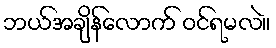
ဘယ်အချိန်လောက် ဝင်ရမလဲ။